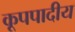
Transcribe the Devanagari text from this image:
कूपपादीय